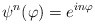
\begin{align*}\psi^n(\varphi)=e^{in\varphi}\end{align*}